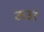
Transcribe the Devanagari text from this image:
ऊउर